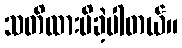
သတိထားမိခဲ့ပါတယ်။